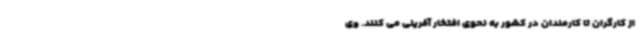
از کارگران تا کارمندان در کشور به نحوی افتخار آفرینی می کنند. وی